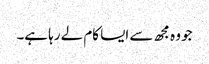
جو وہ مجھ سے ایسا کام لے رہا ہے۔